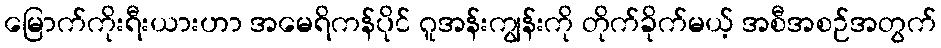
မြောက်ကိုးရီးယားဟာ အမေရိကန်ပိုင် ဂူအန်းကျွန်းကို တိုက်ခိုက်မယ့် အစီအစဉ်အတွက်